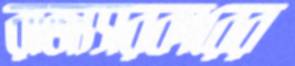
রাজ্যসরকারের